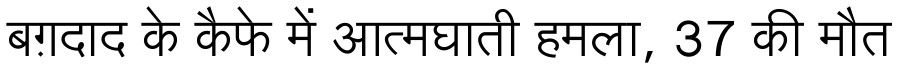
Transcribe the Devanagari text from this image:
बग़दाद के कैफे में आत्मघाती हमला, 37 की मौत